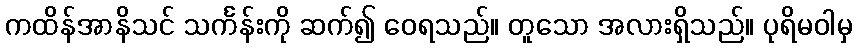
ကထိန်အာနိသင် သင်္ကန်းကို ဆက်၍ ဝေရသည်။ တူသော အလားရှိသည်။ ပုရိမဝါမှ